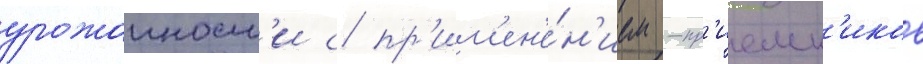
урожаиност'и с пр'им'ен'е́н'ием -пр'иемн'иков